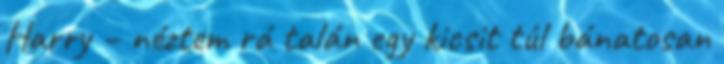
Harry – néztem rá talán egy kicsit túl bánatosan